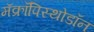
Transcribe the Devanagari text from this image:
मॅक्रॉपिस्थोडॉन